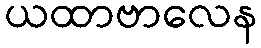
ယထာဗာလေန